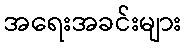
အရေးအခင်းများ